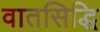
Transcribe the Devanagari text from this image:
वातसिद्धि